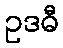
ဥဒဓီ